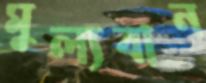
মুল্যবান